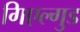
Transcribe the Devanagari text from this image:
गिएल्गुड